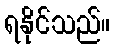
ရနိုင်သည်။